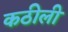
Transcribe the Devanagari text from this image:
कठीली